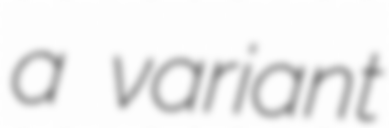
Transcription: a variant